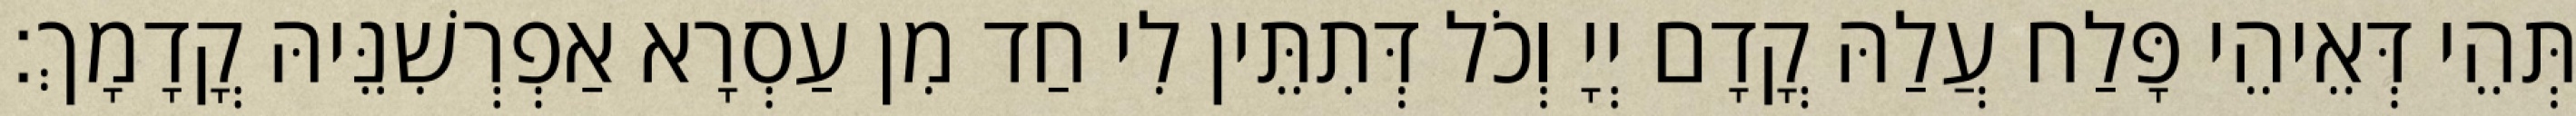
תְּהֵי דְּאֵיהֵי פָּלַח עֲלַהּ קֳדָם יְיָ וְכֹל דְּתִתֵּין לִי חַד מִן עַסְרָא אַפְרְשִׁנֵּיהּ קֳדָמָךְ׃